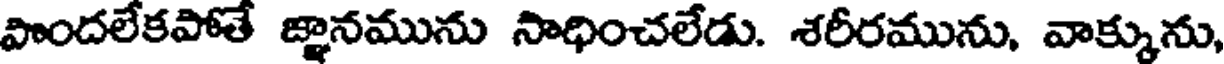
పొందలేకపోతే జ్ఞానమును సాధించలేడు. శరీరమును, వాక్కును,